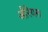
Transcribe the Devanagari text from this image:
औरेयस